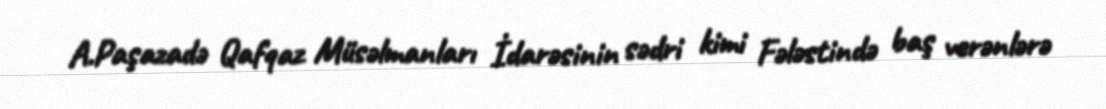
A.Paşazadə Qafqaz Müsəlmanları İdarəsinin sədri kimi Fələstində baş verənlərə